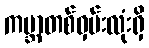
ကမ္ဘာတစ်ဝှမ်းလုံးရှိ